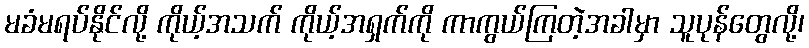
မခံမရပ်နိုင်လို့ ကိုယ့်အသက် ကိုယ့်အရှက်ကို ကာကွယ်ကြတဲ့အခါမှာ သူပုန်တွေလို့၊